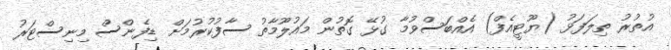
އުތުރު ތިލަފަޅު (ޔޫޓީއެފް) އެއްބަސްވުމާ ގުޅޭ ގޮތުން މައުލޫމާތު ސާފުކުރުމަށް ޑިފެންސް މިނިސްޓަރު